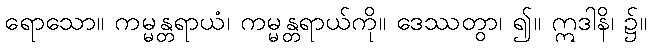
ရောသော။ ကမ္မန္တရာယံ၊ ကမ္မန္တရာယ်ကို။ ဒေဿတွာ၊ ၍။ ဣဒါနိ၊ ၌။